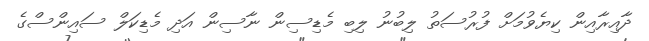
ދާއިރާއިން ކިޔެވުމަށް ފުރުސަތު ލިބުނު ލިބި މެޑިސިން ނާސިން އަދި މެޑިކަލް ސައިންސްގެ